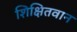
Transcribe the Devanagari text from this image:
शिक्षितवान